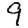
Digit: 9